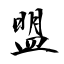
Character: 盟